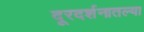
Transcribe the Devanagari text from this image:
दूरदर्शनातल्या